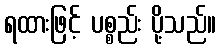
ရထားဖြင့် ပစ္စည်း ပို့သည်။